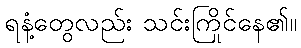
ရနံ့တွေလည်း သင်းကြိုင်နေ၏။